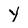
Character: Y